Report on horse surra - Volume I
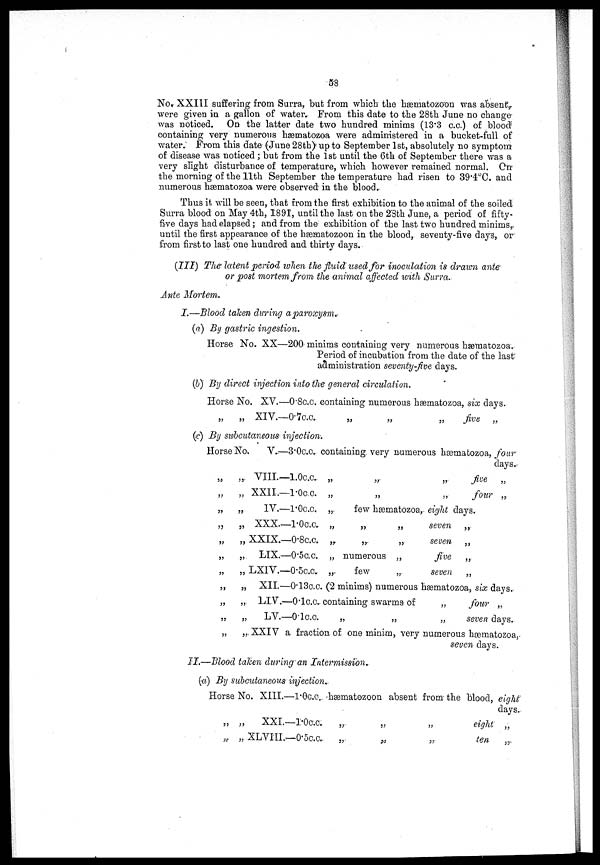
58
No. XXIII suffering from Surra, but from which the hæmatozoon was absent.
were given in a gallon of water. From this date to the 28th June no change
was noticed. On the latter date two hundred minims (13.3 c.c.) of blood
containing very numerous hæmatozoa were administered in a bucket-full of
water. From this date (June 28th) up to September 1st, absolutely no symptom
of disease was noticed ; but from the 1st until the 6th of September there was a
very slight disturbance of temperature, which however remained normal. On
the morning of the 11th September the temperature had risen to 39.4°C. and
numerous hæmatozoa were observed in the blood..
Thus it. will be seen, that from the first exhibition to the animal of the soiled
Surra blood on May 4th, 1891, until the last on the 28th June, a period of fifty-
five days had elapsed ; and from the exhibition of the last two hundred minims,
until the first appearance of the hæmatozoon in the blood, seventy-five days, or
from first to last one hundred and thirty days.
(III) The latent period when the fluid used for inoculation is drawn ante
or post mortem from the animal affected with Surra.
Ante Mortem.
I.—Blood taken during a paroxysm.
(a) By gastric ingestion.
Horse No. XX—200 minims containing very numerous hæmatozoa.
Period of incubation from the date of the last"
administration seventy-Jive days.
(b) By direct injection into the general circulation.
Horse No. XV.—0.8c.c. containing numerous hæmatozoa, six days.
„
„ XIV.—0.7c.c.
„
„
„
five
„
(c) By subcutaneous injection.
Horse No. V..—3.0 c.c. containing very numerous hæmatozoa, four
days.-
„
„ VIII—1.0c.c. „
„
„
five
„
„
„ XXII.—1.0c.c. „
„
„
four „
„
„
IV.—1.0c.c. „
few hæmatozoa, eight days.
„ „ XXX—1.0c.c. „
„
„
seven „
„
„ XXIX.—0.8c.c. „
„.
„
seven „
„
„ LIX.—0.5c.c. „ numerous „
five
„
„
„ LXIV.—0.5c.c.. „
few
„
seven „
„
„ XII.—0.13c.c. (2 minims) numerous hæmatozoa, six days.
„
„ LIV.—0.1c.c. containing swarms of
„
four „
„
„
LV.—0.1c.c.
„
„
„
seven days.
„
„ XXIV a fraction of one minim, very numerous hæmatozoa,
seven days.
II.—Blood taken during an Intermission..
(a) By subcutaneous injection..
Horse No. XIII.—1.0c.c,. -hæmatozoon absent from the blood, eight
days.
„ „
XXI.—1.0c.c.
„
„
„
eight „
„ „ XLVIII. —0.5c.c.
„
„
„
ten
„